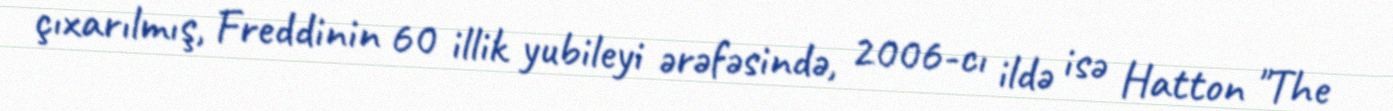
çıxarılmış, Freddinin 60 illik yubileyi ərəfəsində, 2006-cı ildə isə Hatton "The